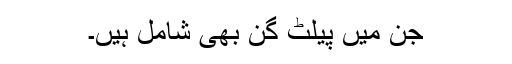
جن میں پیلٹ گن بھی شامل ہیں۔